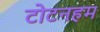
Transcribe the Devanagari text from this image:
टोटनहम